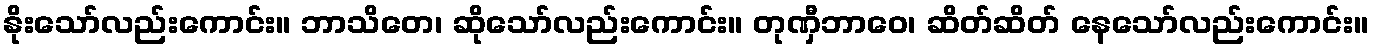
နိုးသော်လည်းကောင်း။ ဘာသိတေ၊ ဆိုသော်လည်းကောင်း။ တုဏှီဘာဝေ၊ ဆိတ်ဆိတ် နေသော်လည်းကောင်း။